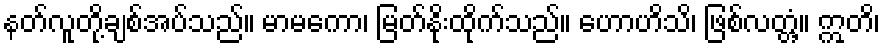
နတ်လူတို့ချစ်အပ်သည်။ မာမကော၊ မြတ်နိုးထိုက်သည်။ ဟောဟိသိ၊ ဖြစ်လတ္တံ့။ ဣတိ၊